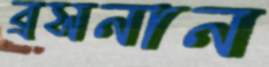
ব্রসনান